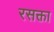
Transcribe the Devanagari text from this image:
रसक्ता